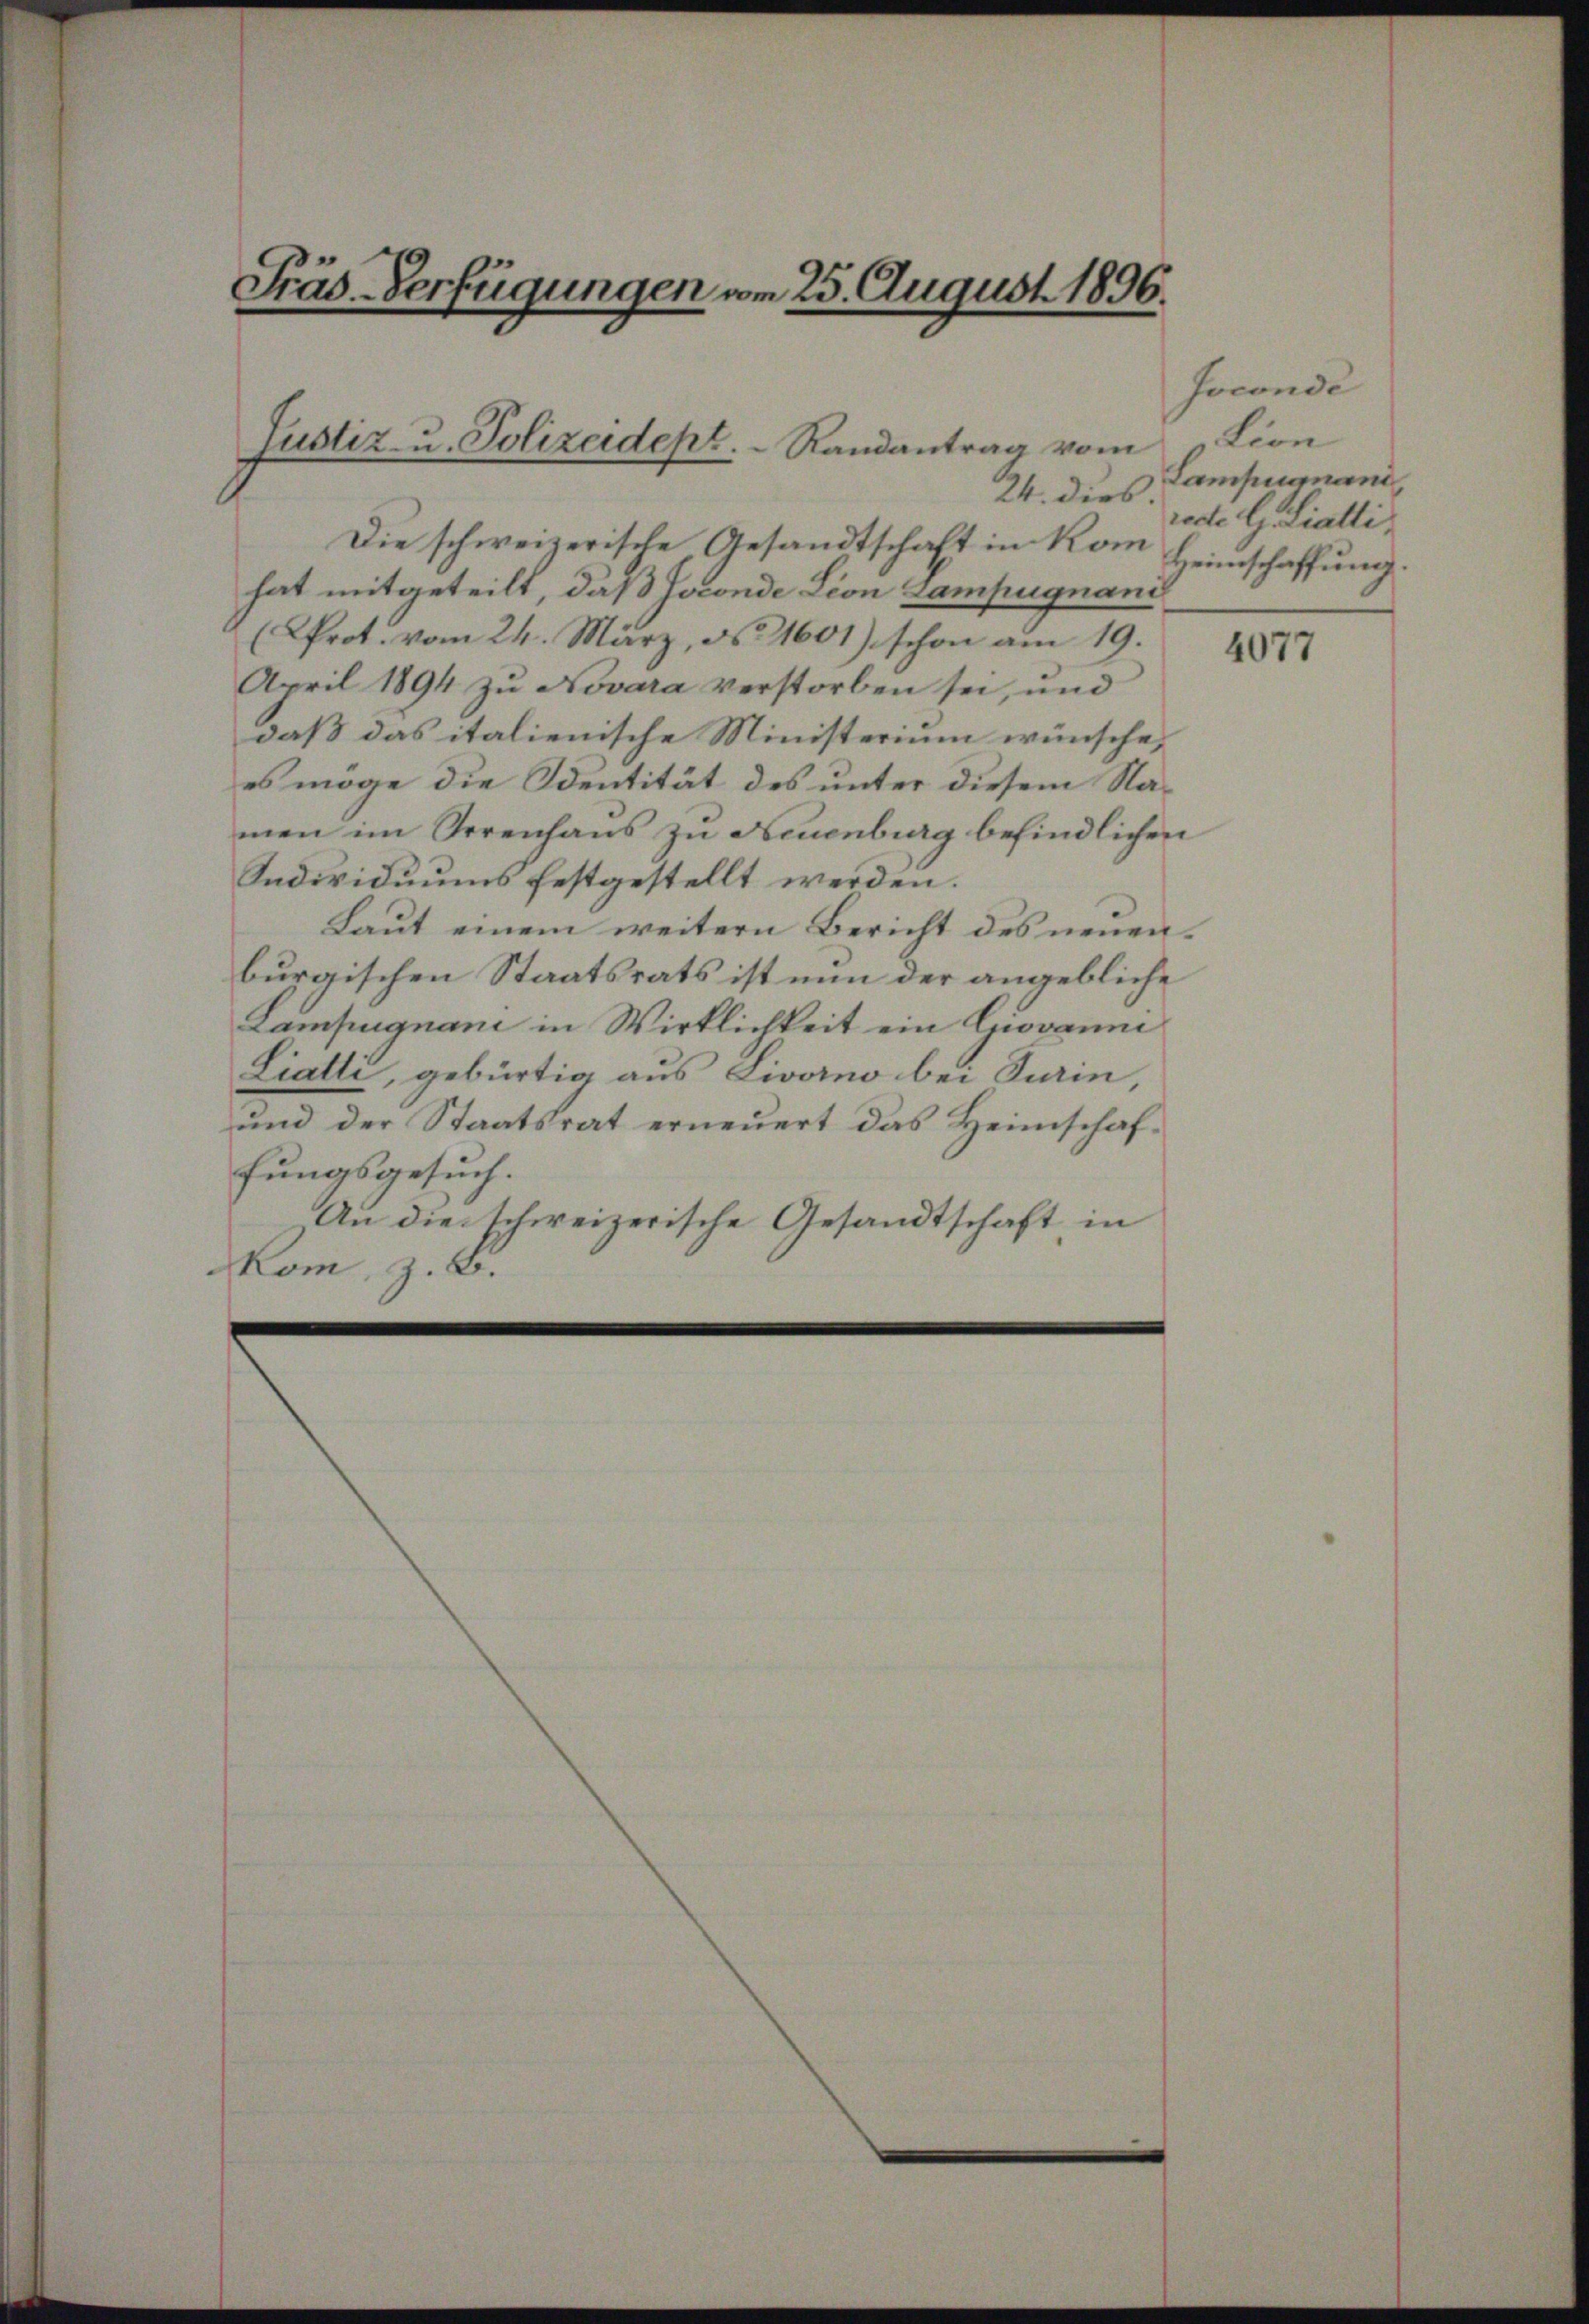
Präs-Verfügungen vom 25. August 1896.

Justiz- u. Polizeidept.   Randantrag vom

24. dies
Die schweizerische Gesandtschaft in Kom
hat mitgeteilt, daß Josonde Lion Sampugnand
(Prot. vom 24. März, N. 1601) schon am 19.
April 1894 zu Novara verstorben sei, und
daß das italienische Ministerium wünsche,
es möge die Identität des unter diesem Namen im Irrenhaus zu Neuenburg befindlichen
Individuums festgestellt werden.
Laut einem weitern Bericht des neuenburgischen Staatsrats ist nun der angebliche
Lampugnano in Wirklichkeit ein Giovanne
Liatti, gebürtig aus Livorno bei Turin,
und der Staatsrat erneuert das Heimschaffungsgesuch.
An die schweizerische Gesandtschaft in
om, z. B.

Joconde
tion
Lampani
rodel Liatli
Heimschaffung.

4077